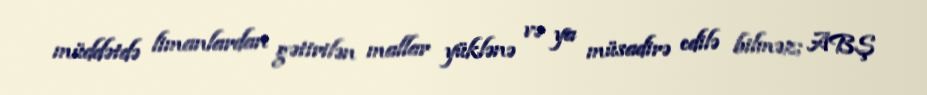
müddətdə limanlardan gətirilən mallar yüklənə və ya müsadirə edilə bilməz; ABŞ